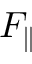
F _ { \parallel }